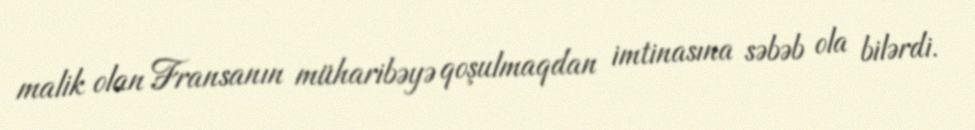
malik olan Fransanın müharibəyə qoşulmaqdan imtinasına səbəb ola bilərdi.